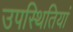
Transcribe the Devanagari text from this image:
उपस्थितियां